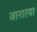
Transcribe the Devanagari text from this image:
जानारया